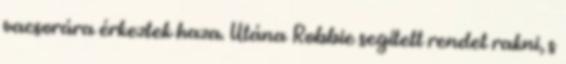
vacsorára érkeztek haza. Utána Robbie segített rendet rakni, s